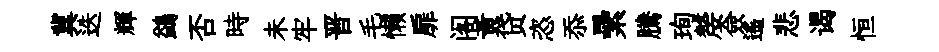
冀迭輝鷁否時未牢晋毛懒扉阁黄贷恣忝纍騰珣嫠僉遙悲谒恒